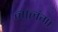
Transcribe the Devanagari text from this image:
नालंगा